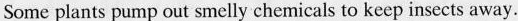
Some plants pump out smelly chemicals to keep insects away.